system: You are a helpful assistant.
user:
Analyze the provided spectrum to determine if it is a **Carbon Star (C-type)**.

- **Key Visual Indicators of Carbon Star:**
    - **(Primary):** Strong molecular absorption from **C₂ (diatomic carbon) "Swan Bands."** This is the **defining feature** of a carbon star.
        - **(Key Bandheads):** Sharp absorption edges are visible at approximately $5635$ Å, $5165$ Å (the strongest band), and $4737$ Å.
        - **(Line Profile):** Creates a distinct **"saw-tooth"** pattern. The key morphology is a sharp, steep bandhead on the **red (long-wavelength) side**, which then gradually tapers off (i.e., flux recovers) towards the **blue (short-wavelength) side**. *(This is the direct opposite of the TiO bands seen in M-type stars)*.

    - **(Secondary):** Intense **CN (cyanogen)** molecular absorption bands.
        - **(Key Bandheads):** Located in the blue and violet regions of the spectrum (e.g., near $4215$ Å and $3883$ Å).
        - **(Morphology):** These bands are extremely broad and act as a "blanket," absorbing the vast majority of blue and violet light. This creates a characteristic **"cliff"** or **"steep drop-off"** in the spectrum's flux at short wavelengths.

    - **(Key Confirmation):** Strong **CH absorption band (G-band)**.
        - **(Key Bandhead):** Located around $4300$ Å. The contribution from CH molecules to this band is exceptionally strong.

    - **(Overall Spectrum):**
        - The continuum is severely "chopped up" by these deep molecular bands, especially C₂, rather than appearing as a smooth curve.
        - Due to the heavy CN and C₂ absorption in the blue-green, the vast majority of the star's flux is concentrated in the red part of the spectrum, giving the star its characteristic deep red color.

Think first, call **spectral_visualization_tool** if needed to examine features in detail, then provide your final answer. Your response must adhere to the following strict rules:
1.  **Overall Structure:** Your response must follow the format `<think>...</think> <tool_call>...</tool_call> (if a tool is used) <answer>...</answer>`.
2.  **Tool Usage Constraint:** You may only make **one** tool call per turn.
3.  **Final Answer Format:** In the `<answer>` tag, your conclusion must be inside a `\boxed{}` command (e.g., `\boxed{YES}`), followed by your justification.

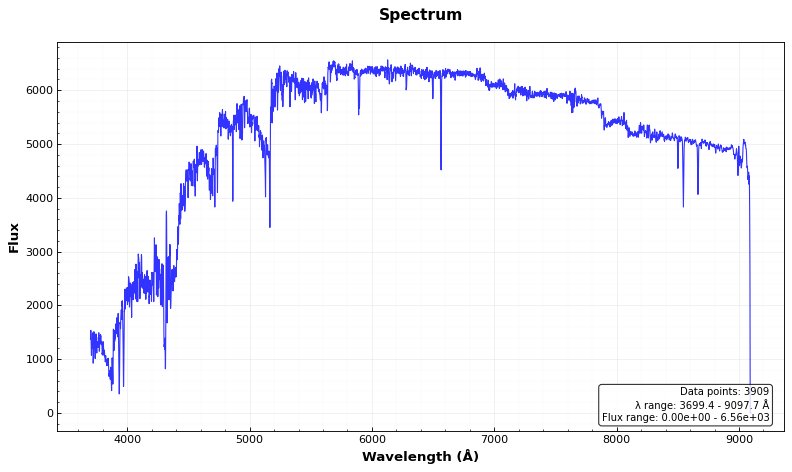
Answer: YES